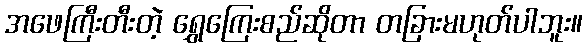
အဖေကြီးတီးတဲ့ ရွှေကြေးစည်ဆိုတာ တခြားမဟုတ်ပါဘူး။